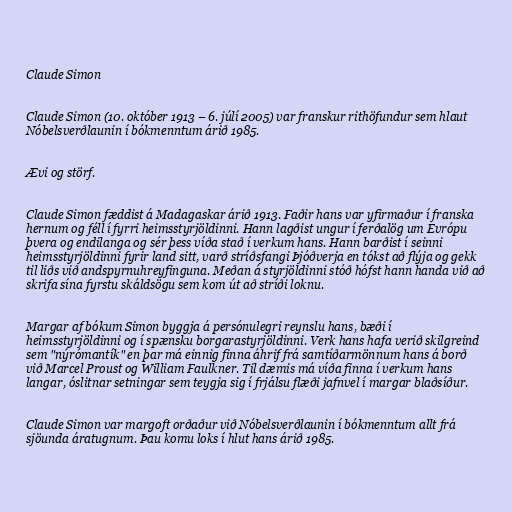
Claude Simon

Claude Simon (10. október 1913 – 6. júlí 2005) var franskur rithöfundur sem hlaut
Nóbelsverðlaunin í bókmenntum árið 1985.

Ævi og störf.

Claude Simon fæddist á Madagaskar árið 1913. Faðir hans var yfirmaður í franska
hernum og féll í fyrri heimsstyrjöldinni. Hann lagðist ungur í ferðalög um Evrópu
þvera og endilanga og sér þess víða stað í verkum hans. Hann barðist í seinni
heimsstyrjöldinni fyrir land sitt, varð stríðsfangi Þjóðverja en tókst að flýja og gekk
til liðs við andspyrnuhreyfinguna. Meðan á styrjöldinni stóð hófst hann handa við að
skrifa sína fyrstu skáldsögu sem kom út að stríði loknu.

Margar af bókum Simon byggja á persónulegri reynslu hans, bæði í
heimsstyrjöldinni og í spænsku borgarastyrjöldinni. Verk hans hafa verið skilgreind
sem "nýrómantík" en þar má einnig finna áhrif frá samtíðarmönnum hans á borð
við Marcel Proust og William Faulkner. Til dæmis má víða finna í verkum hans
langar, óslitnar setningar sem teygja sig í frjálsu flæði jafnvel í margar blaðsíður.

Claude Simon var margoft orðaður við Nóbelsverðlaunin í bókmenntum allt frá
sjöunda áratugnum. Þau komu loks í hlut hans árið 1985.